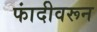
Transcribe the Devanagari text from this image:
फांदीवरून